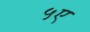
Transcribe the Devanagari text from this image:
५ए